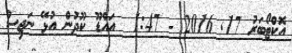
އޮކްޓޯބަރު 17